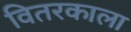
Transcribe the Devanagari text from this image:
वितरकाला